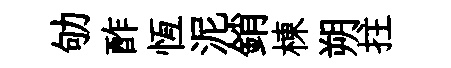
劬酢恆泥銷棟朔拄